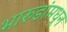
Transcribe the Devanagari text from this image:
भारुडांमधून